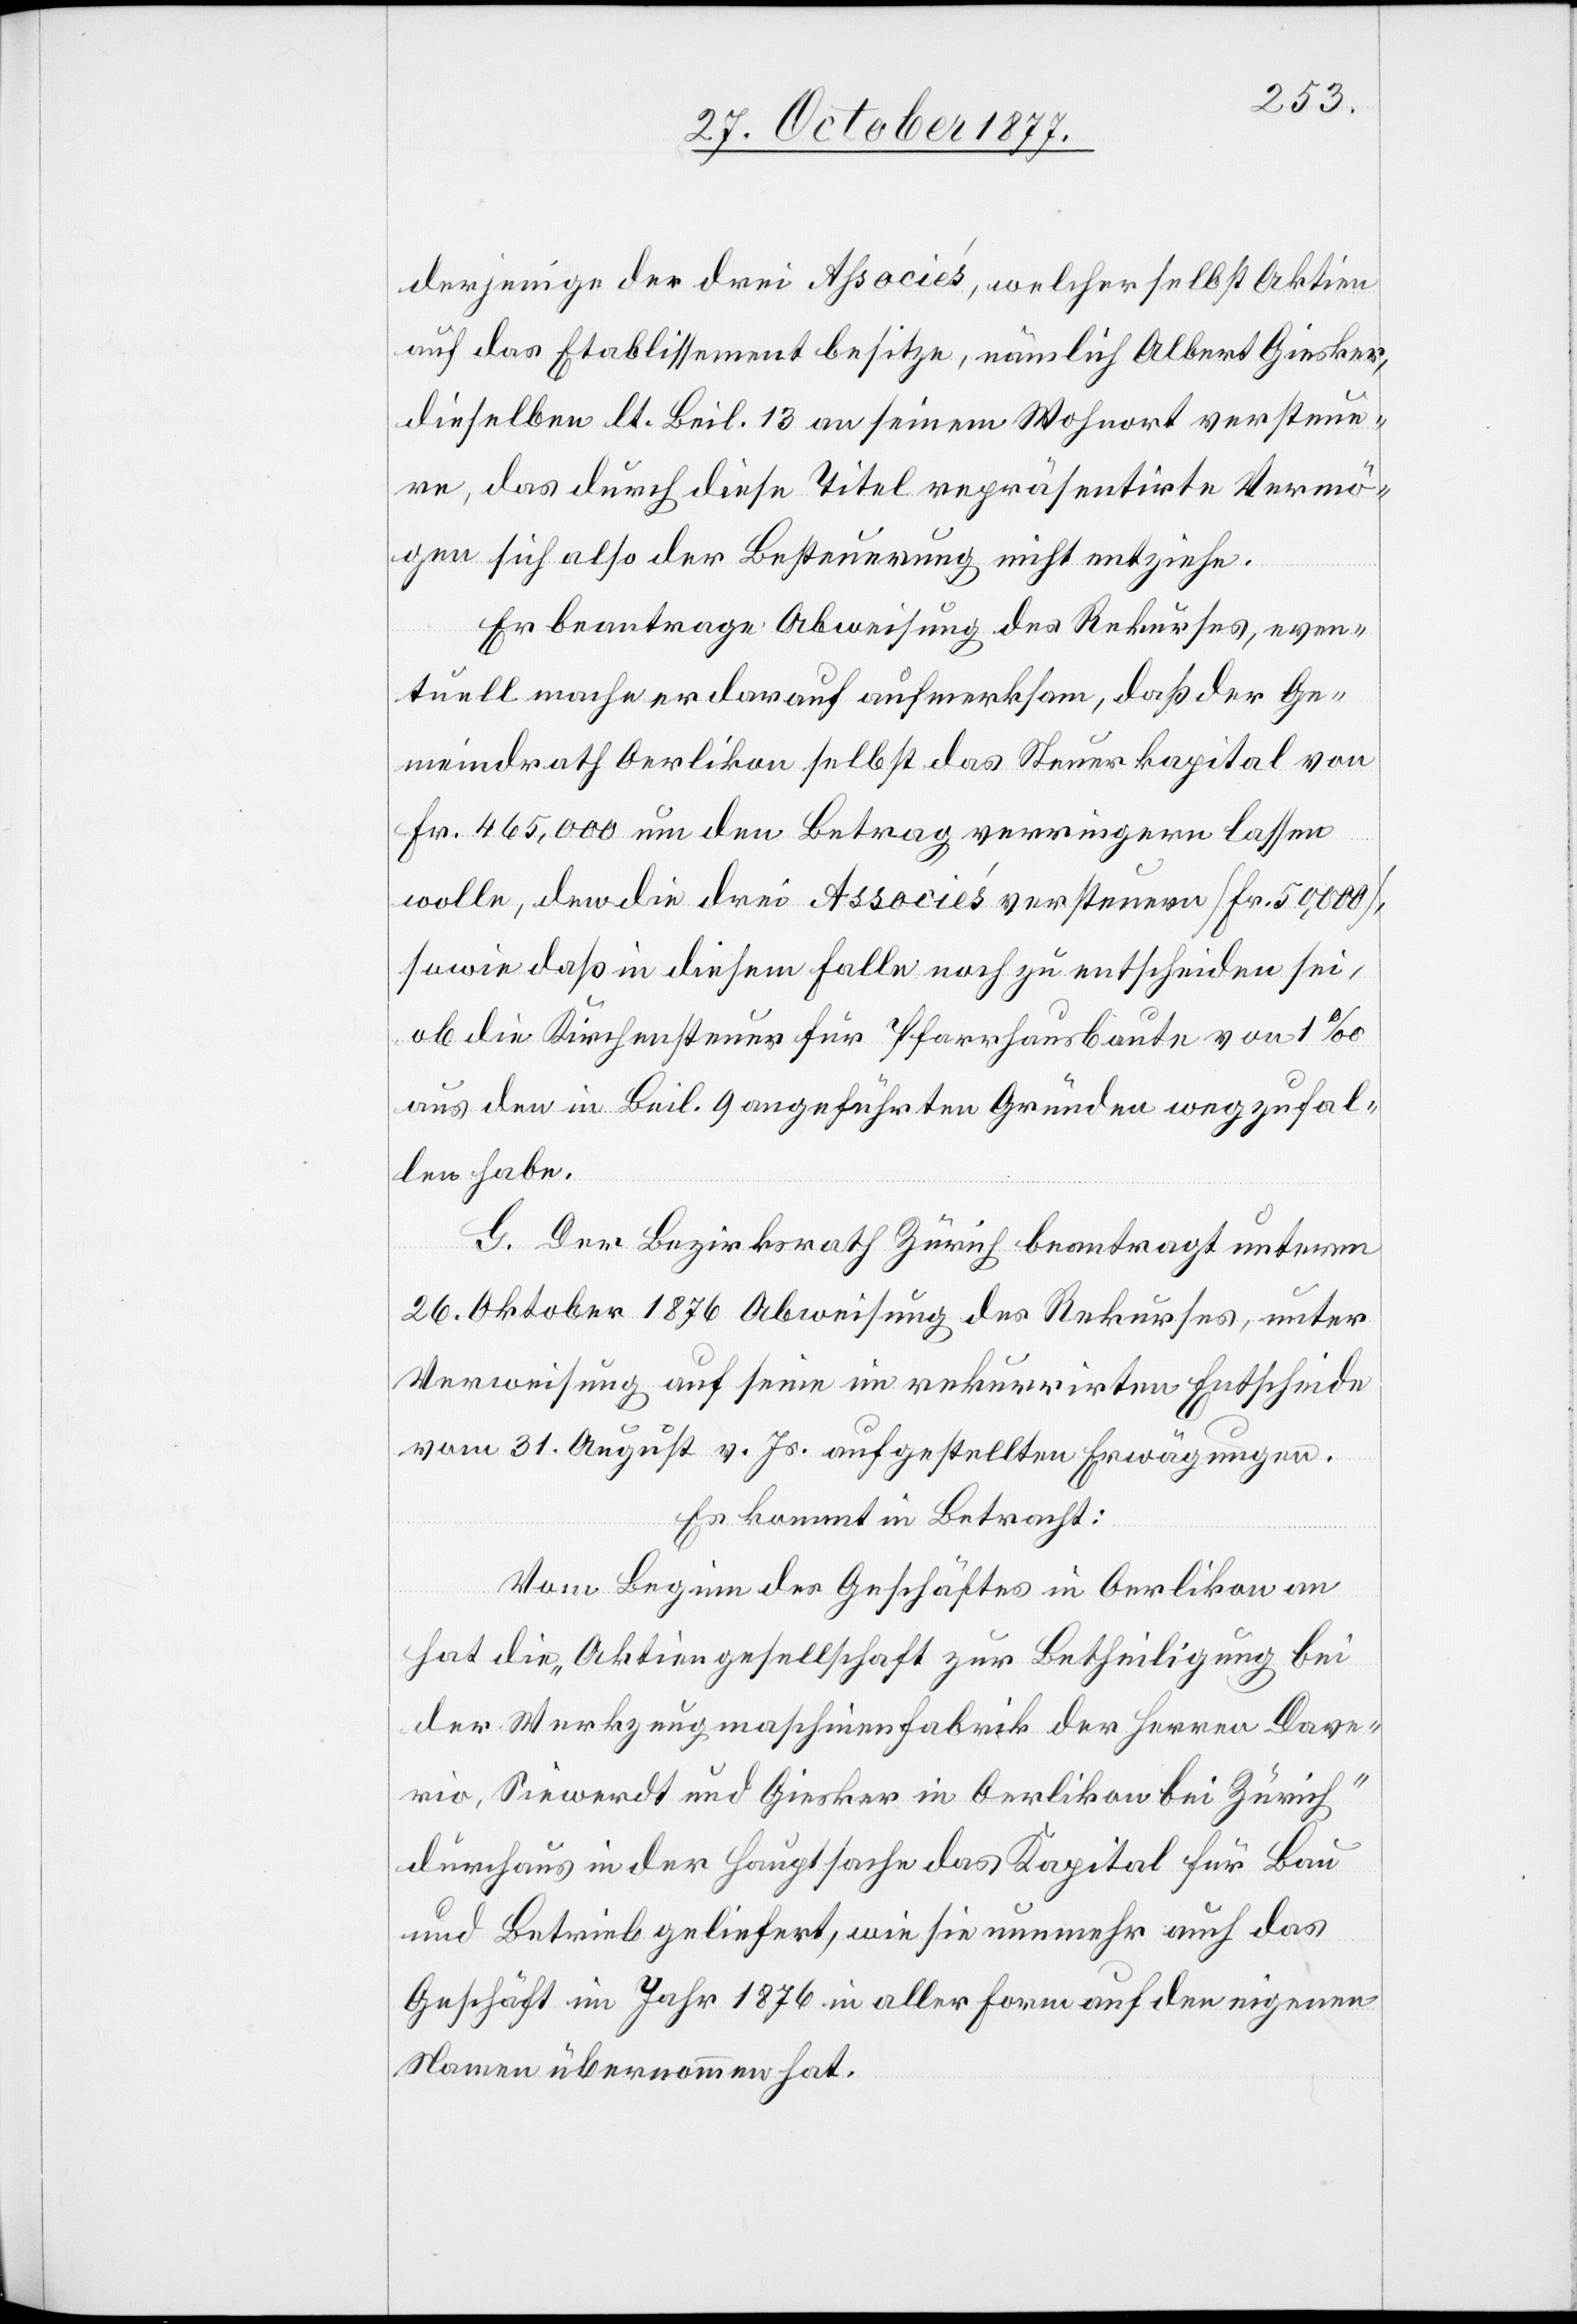
derjenige der drei Associés, welcher selbst Aktien
auf das Etablissement besitze, nämlich Albert Giesker,
dieselben lt. Beil. 13 an seinem Wohnort versteue¬
re, das durch diese Titel repräsentirte Vermö¬
gen sich also der Besteuerung nicht entziehe.
Er beantrage Abweisung des Rekurses, even¬
tuell mache er darauf aufmerksam, daß der Ge¬
meindrath Oerlikon selbst das Steuerkapital von
Fr. 465,000 um den Betrag verringern lassen
wolle, den die drei Associés versteuern [Fr. 50,000],
sowie daß in diesem Falle noch zu entscheiden sei,
ob die Kirchensteuer für Pfarrhausbaute von 1‰
aus den in Beil. 9 angeführten Gründen wegzufal¬
len habe.
G. Der Bezirksrath Zürich beantragt unterm
26. Oktober 1876 Abweisung des Rekurses, unter
Verweisung auf seine im rekurrirten Entscheide
vom 31. August v. Js. aufgestellten Erwägungen.
Es kommt in Betracht:
Vom Beginn des Geschäftes in Oerlikon an
hat die „Aktiengesellschaft zur Betheiligung bei
der Werkzeugmaschinenfabrik der Herren Dave¬
rio, Siewerdt und Giesker in Oerlikon bei Zürich“
durchaus in der Hauptsache das Kapital für Bau
und Betrieb geliefert, wie sie nunmehr auch das
Geschäft im Jahr 1876 in aller Form auf den eigenen
Namen übernommen hat.